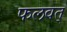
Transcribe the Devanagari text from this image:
फलवत्